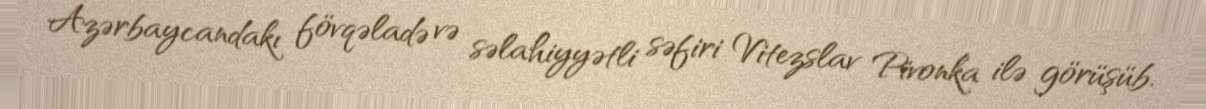
Azərbaycandakı fövqəladə və səlahiyyətli səfiri Vitezslav Pivonka ilə görüşüb.